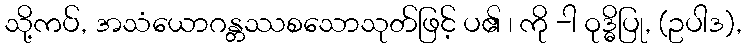
သို့ကပ်, အသံယောဂန္တဿစသောသုတ်ဖြင့် ပ၏ ၊ ကို -ါ ဝုဒ္ဓိပြု, (ဥပါဒ),